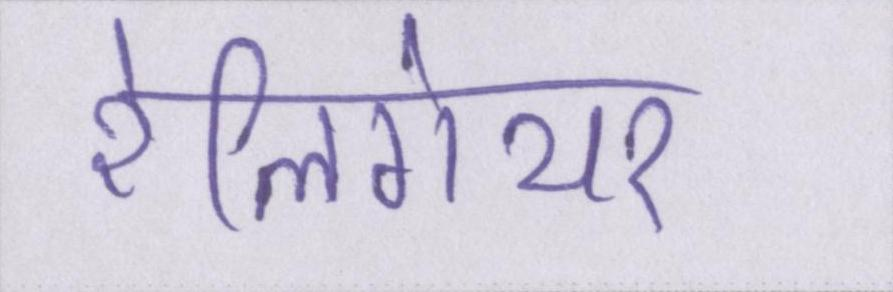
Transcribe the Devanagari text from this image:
रेलिगेयर